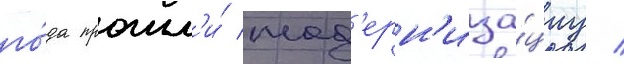
го́да прошл'и́ мод'ерн'иза́циу /